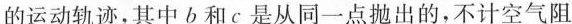
的运动轨迹，其中b和c是从同一点抛出的，不计空气阻